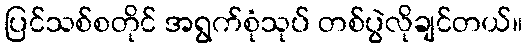
ပြင်သစ်စတိုင် အရွက်စုံသုပ် တစ်ပွဲလိုချင်တယ်။